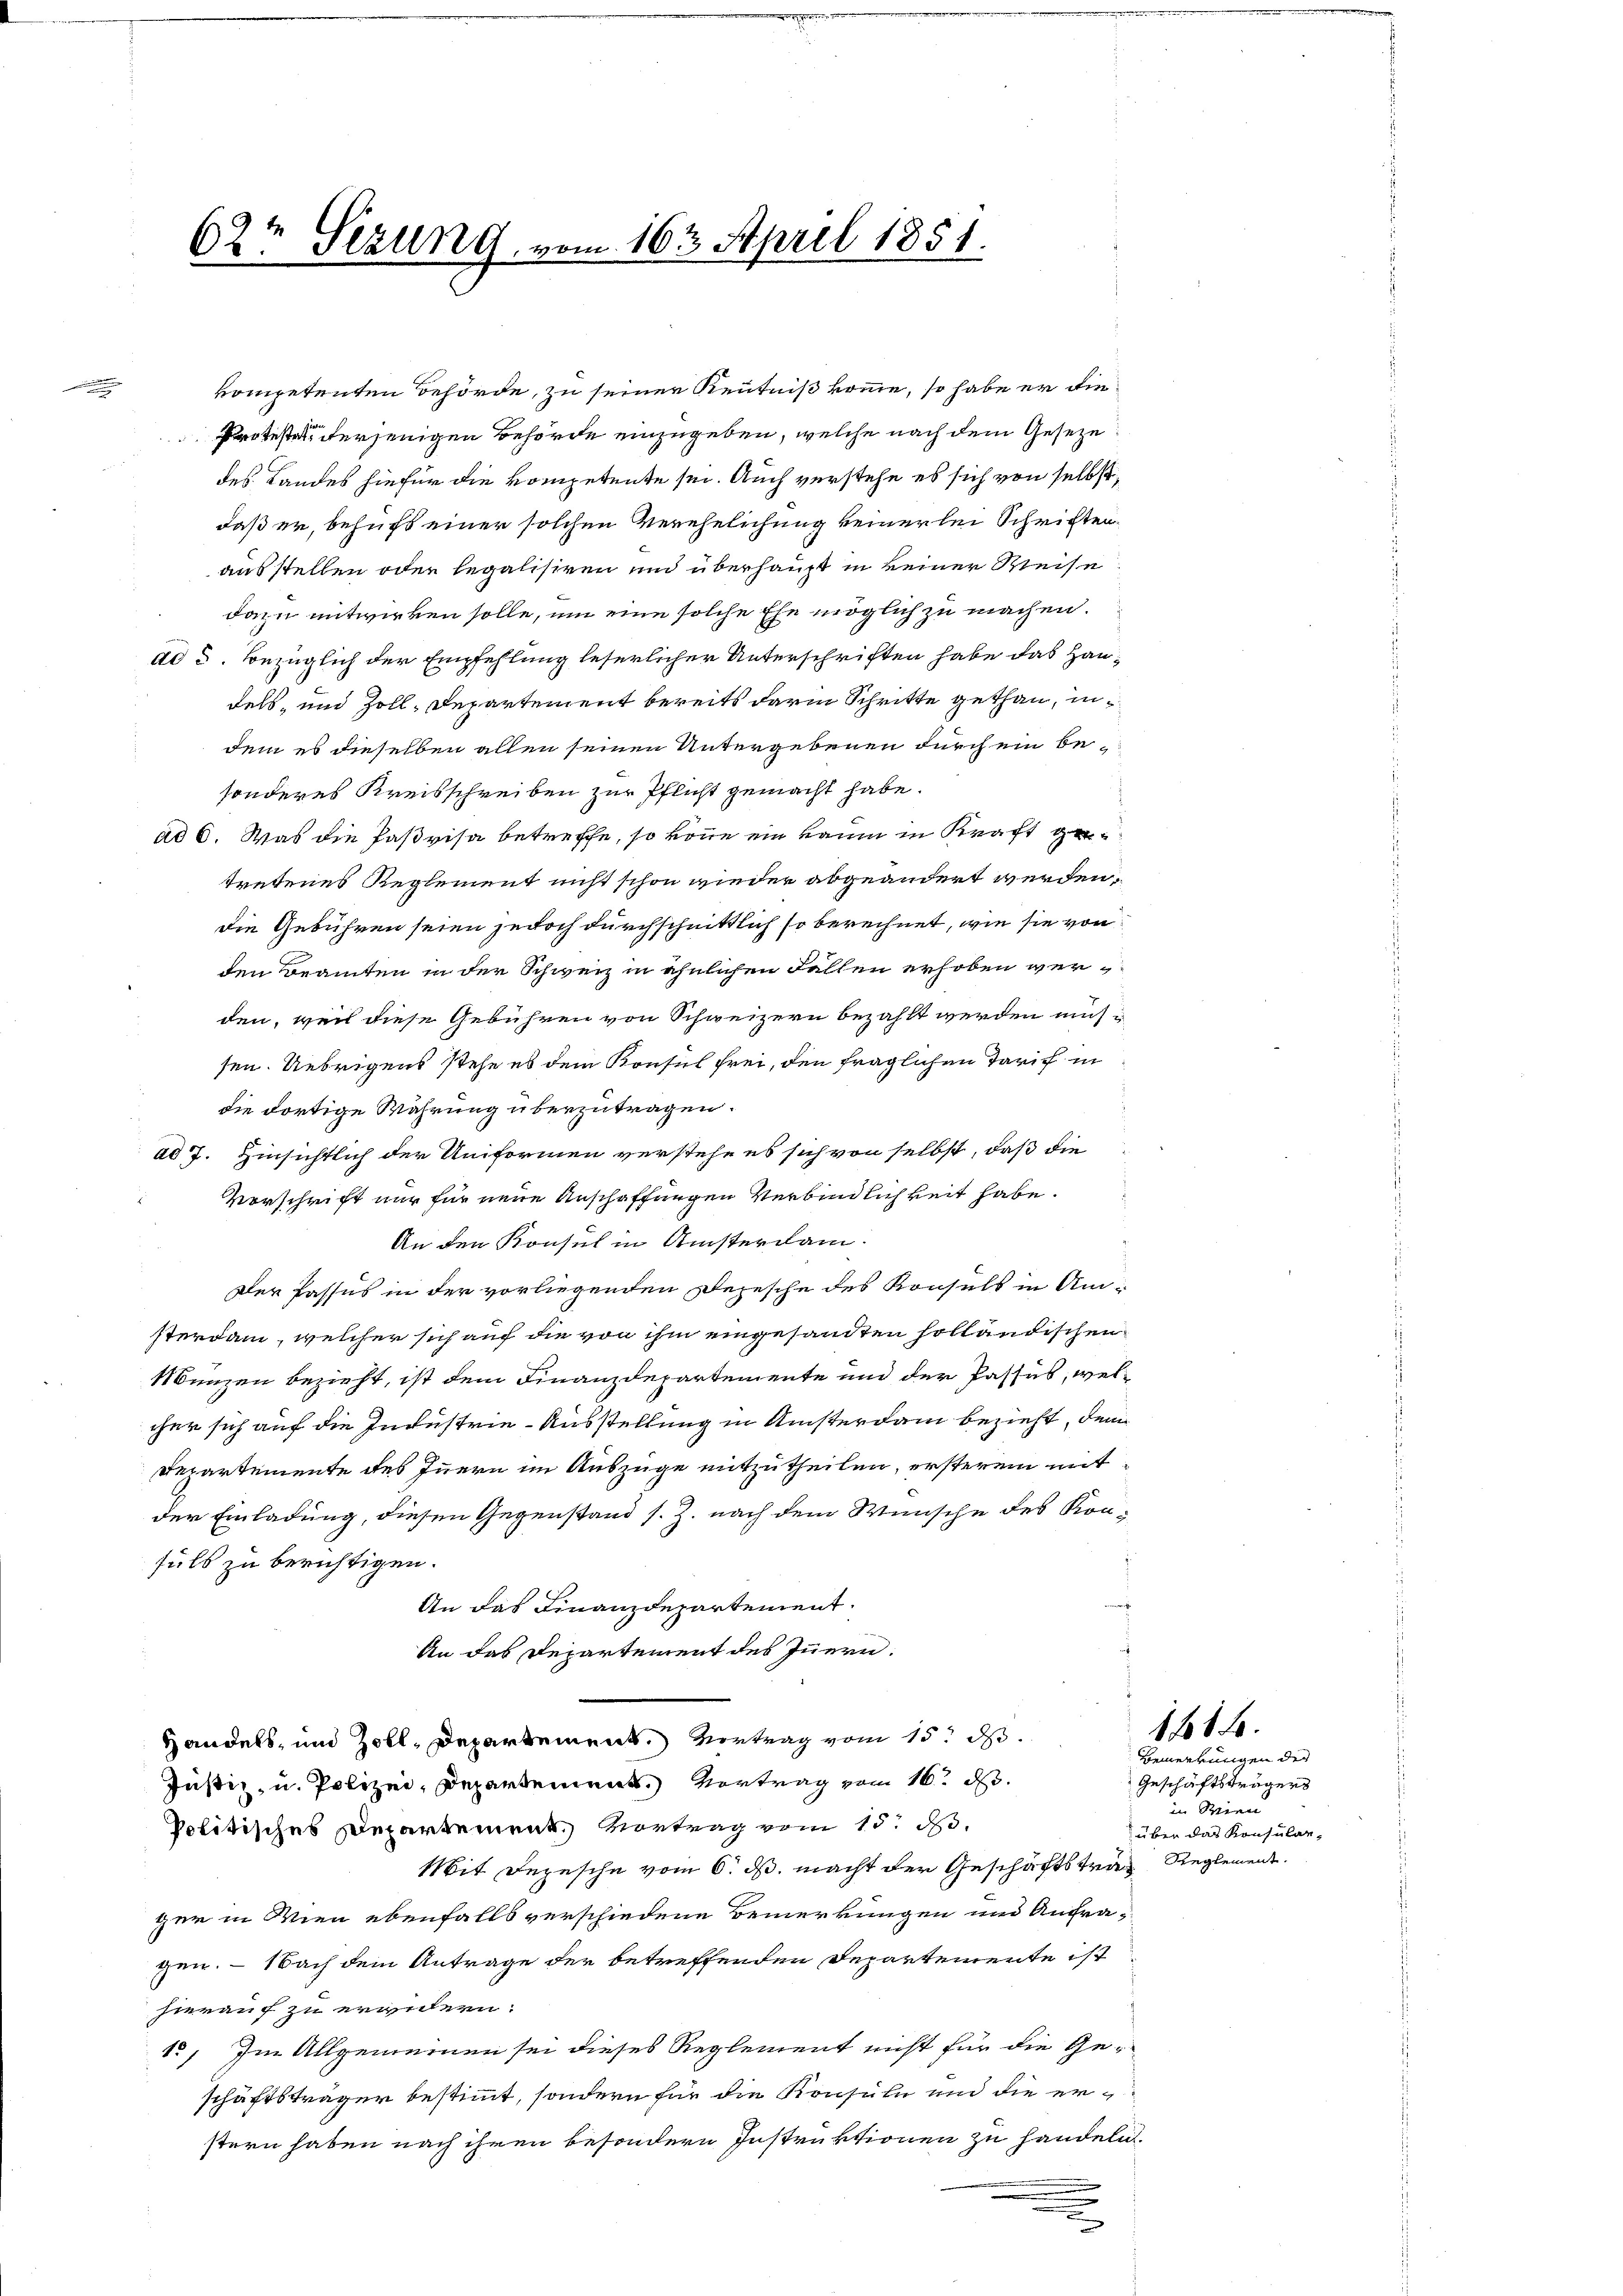
.

62t Sezung vom 16t April 1851.

kompetenten Behörde, zu seiner Kenntniß komme, so habe er die
Protester derjenigen Behörde einzugeben, welche nach dem Geseze
des Landes hiefür die kompetente sei. Auch verstehe es sich von selbst,
daß er, behufs einer solchen Verehelichung keinerlei Schriften
ausstellen oder legalisiren und überhaupt in keiner Weise
dazu entwirken solle, um eine solche Ehe möglich zu machen.
dd 5. Bezüglich der Empfehlung leserlicher Unterschriften habe das Hau
dels- und Zoll-Departement bereits darin Schritte gethan, indem es dieselben allen seinen Untergebenen durch ein besonderes Kreisschreiben zur Pflicht gemacht habe.
ad 6. Was die Paßvisa betreffe, so könne ein kaum in Kraft getretenes Reglement nicht schon wieder abgeändert werden,
die Gebühren seien jedoch durchschnittlich so berechnet, wie sie von
den Beamten in der Schweiz in ähnlichen Fallen erhoben werden, weil diese Gebühren von Schweizern bezahlt werden müssen. Uebrigens stehe es dem Konsul frei, den fraglichen Tarif in
die dortige Wahrung überzutragen.
ad 7. Hinsichtlich der Uniformen verstehe es sich von selbst, daß die
Vorschrift nur für neue Anschaffungen Verbindlichkeit habe.
An den Konsul in Ansterdam.
Der Passus in der vorliegenden Depesche des Konsuls in Amsterdam, welcher sich auf die von ihm eingesandten holländischen
Münzen bezieht, ist dem Finanzdepartemente und der Passus, welcher sich auf die Industrie-Ausstellung in Ansterdam bezieht, dem
Departemente des Innern im Auszüge mitzutheilen, ersterem mitder Einladung, diesen Gegenstand s. Z. nach dem Wunsche des Konfuls zu berichtigen.
An das Finanzdepartement.
An das Departement des Innern.
Handels, und Zoll, Departement. Vertrag vom 15. d.
Justiz, u. Polizei, Departement. Vortrag vom 16. d.
Politisches Departement. Vortrag vom 15. d.
Mit Depesche vom 6. ds. macht der Geschäftstrag Reglement.
ger in Wien ebenfalls verschiedene Bemerkungen und Anfra-
gen. - Nach dem Antrage der betreffenden Departemente ist
hierauf zu erwidern.
15) Im Allgemeinen sei dieses Reglement nicht für die Geschäftsträger bestimmt, sondern für die Konsuln und die erstern haben nach ihren besondern Instruktionen zu handeln.
.
e
x

Bemerkungen des
Geschäftsträgers
in Wien
über das Konsular-

141 f.